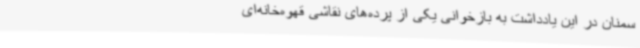
سمنان در این یادداشت به بازخوانی یکی از پرده‌های نقاشی قهوه‌خانه‌ای